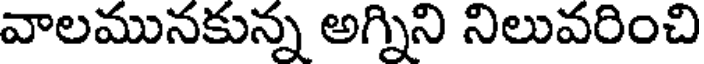
వాలమునకున్న అగ్నిని నిలువరించి